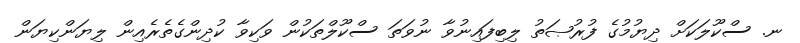
ނ. ސްކޫލަކަށް ދިޔުމުގެ ފުރުޞަތު ލިބިފައިނުވާ ނުވަތަ ސްކޫލްތަކުން ވަކިވާ ކުދިންގެތެރެއިން ލިޔަންކިޔަން